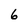
Character: 6